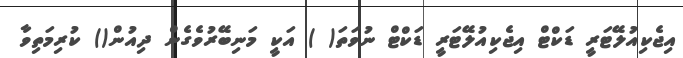
އިޖެކިއުލޭޓަރީ ޑަކްޓް އިޖެކިއުލޭޓަރީ ޑަކްޓް ނުވަތަ( ) އަކީ މަނިބޭރުވެގެން ދިއުން() ކުރިމަތިވާ